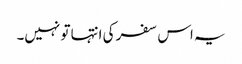
یہ اس سفر کی انتہا تو نہیں۔